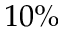
1 0 \%